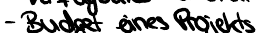
- Budget eines Projekts